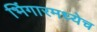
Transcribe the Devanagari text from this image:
भिंगारमध्येच